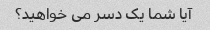
آیا شما یک دسر می خواهید؟